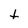
Character: t